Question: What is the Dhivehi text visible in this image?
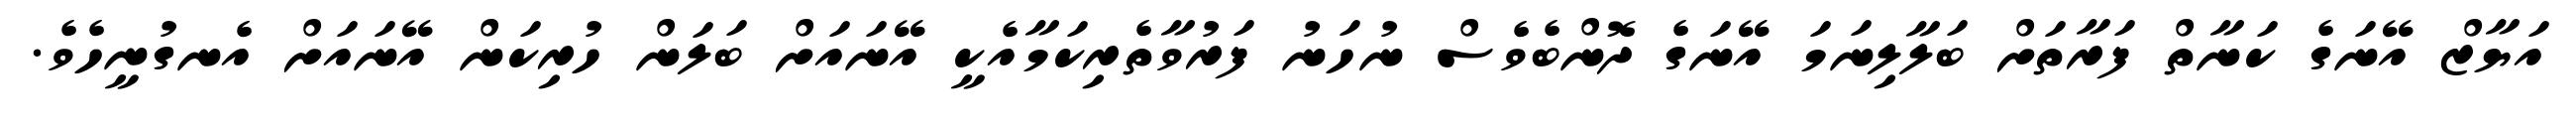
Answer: އަޔާޒް އޭނަގެ ކަނާތް ފަރާތަށް ބަލާލިނަމަ އޭނަގެ ދޮންބެވެސް ނުހަނު ފަރުވާތެރިކަމާއެކީ އޭނައަށް ބަލަން ހުރިކަން އޭނައަށް އެނގުނީހެވެ.